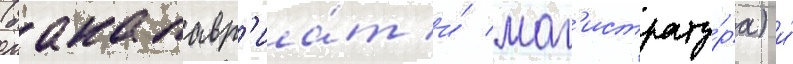
(бакалавр'иа́т и́ маг'истрату́ра) и́